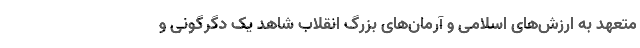
متعهد به ارزش‌های اسلامی و آرمان‌های بزرگ انقلاب شاهد یک دگرگونی و